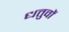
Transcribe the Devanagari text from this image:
धतुवों